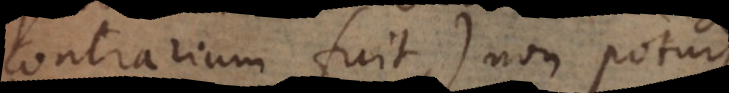
contrarium fuit), non potuisse